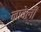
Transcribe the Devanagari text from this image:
नावेली